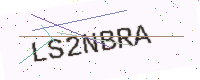
Text: LS2NBRA